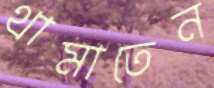
থামাতেন